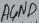
Text: AGND